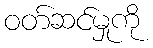
ဝတ်ဆင်မှုကို